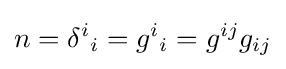
n=\delta ^{i}{}_{i}=g^{i}{}_{i}=g^{ij}g_{ij}